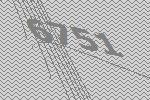
6751